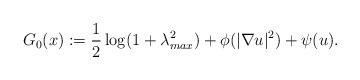
LaTeX: \begin{align*}G_{0}(x) := \frac{1}{2}\log(1+\lambda_{max}^{2}) + \phi(|\nabla u|^{2}) + \psi (u).\end{align*}